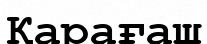
Қарағаш